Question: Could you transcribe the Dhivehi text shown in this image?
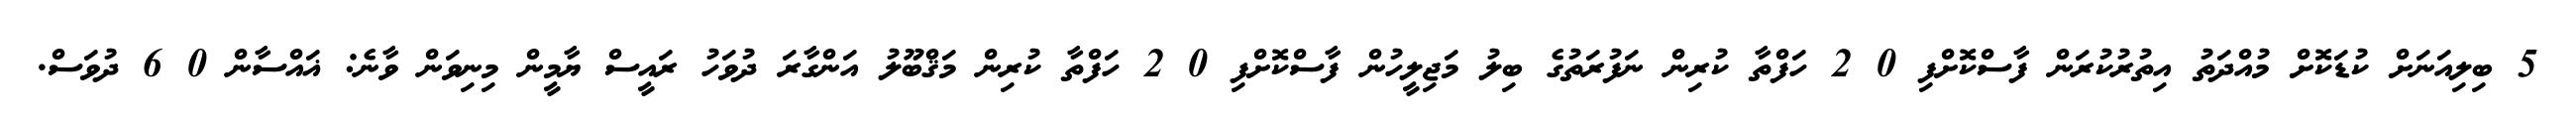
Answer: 5 ބިލިއަނަށް ކުޑަކޮށް މުއްދަތު އިތުރުކުރަން ފާސްކޮށްފި 0 2 ހަފްތާ ކުރިން ނަފުރަތުގެ ބިލު މަޖިލީހުން ފާސްކޮށްފި 0 2 ހަފްތާ ކުރިން މަޤްބޫލު އަންގާރަ ދުވަހު ރައީސް ޔާމީން މިނިވަން ވާނެ: ޣައްސާން 0 6 ދުވަސް.